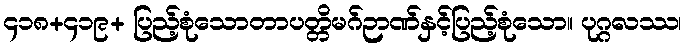
၄၁၈+၄၁၉+ ပြည့်စုံသောတာပတ္တိမဂ်ဉာဏ်နှင့်ပြည့်စုံသော။ ပုဂ္ဂလဿ၊